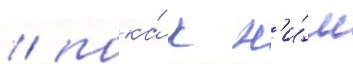
/ пока́ к н'и́м